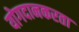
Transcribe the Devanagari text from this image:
योगदानकरता